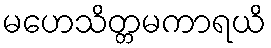
မဟေသိတ္တမကာရယိ